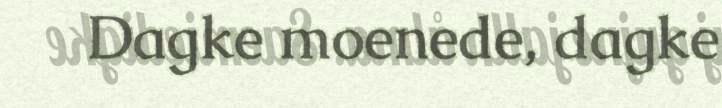
Dagke moenede, dagke